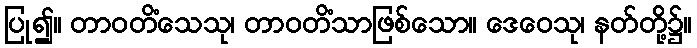
ပြု၍။ တာဝတိံသေသု၊ တာဝတိံသာဖြစ်သော။ ဒေဝေသု၊ နတ်တို့၌။